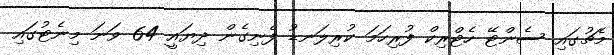
މެޗުގައި ސެންޓޭ ހެޓްރިކް ފުރިހަމަ ކުރިލަނޑު ފެނިގެން ދިޔައީ 64 ވަނަ މިނެޓުގައި